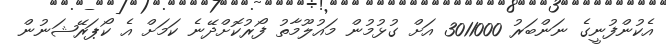
އެކުންފުނީގެ ނަންބަރު 3011000 އަށް ގުޅުމުން މައުލޫމާތު ފޯރުކޮށްދޭނެ ކަމަށް އެ ކޯޕަރޭޝަނުން